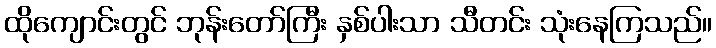
ထိုကျောင်းတွင် ဘုန်းတော်ကြီး နှစ်ပါးသာ သီတင်း သုံးနေကြသည်။